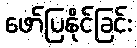
ဖော်ပြနိုင်ခြင်း